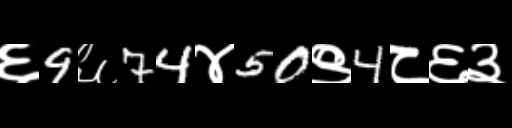
Text: ६9६74४50९4८६३